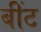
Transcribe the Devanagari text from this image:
बींट